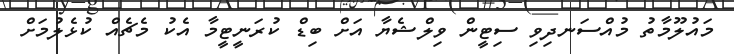
މައުލޫމާތު މުއްސަނދިވި ސިޓީން ވިލްޝެޔާ އަށް ބިޑް ކުރަނީޓީމާ އެކު މެޗެއް ކުޅެލުމަށް